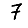
Digit: 7